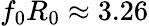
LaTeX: f_{0}R_{0}\approx 3.26